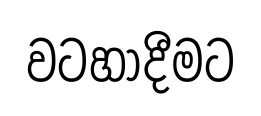
වටහාදීමට